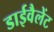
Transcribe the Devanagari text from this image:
डाईवैलेंट